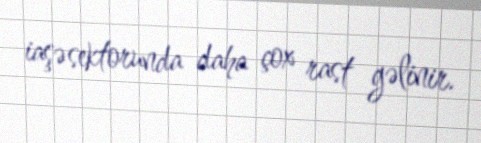
iaşə sektorunda daha çox rast gəlinir.